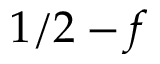
1 / 2 - f